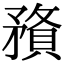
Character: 𥎉